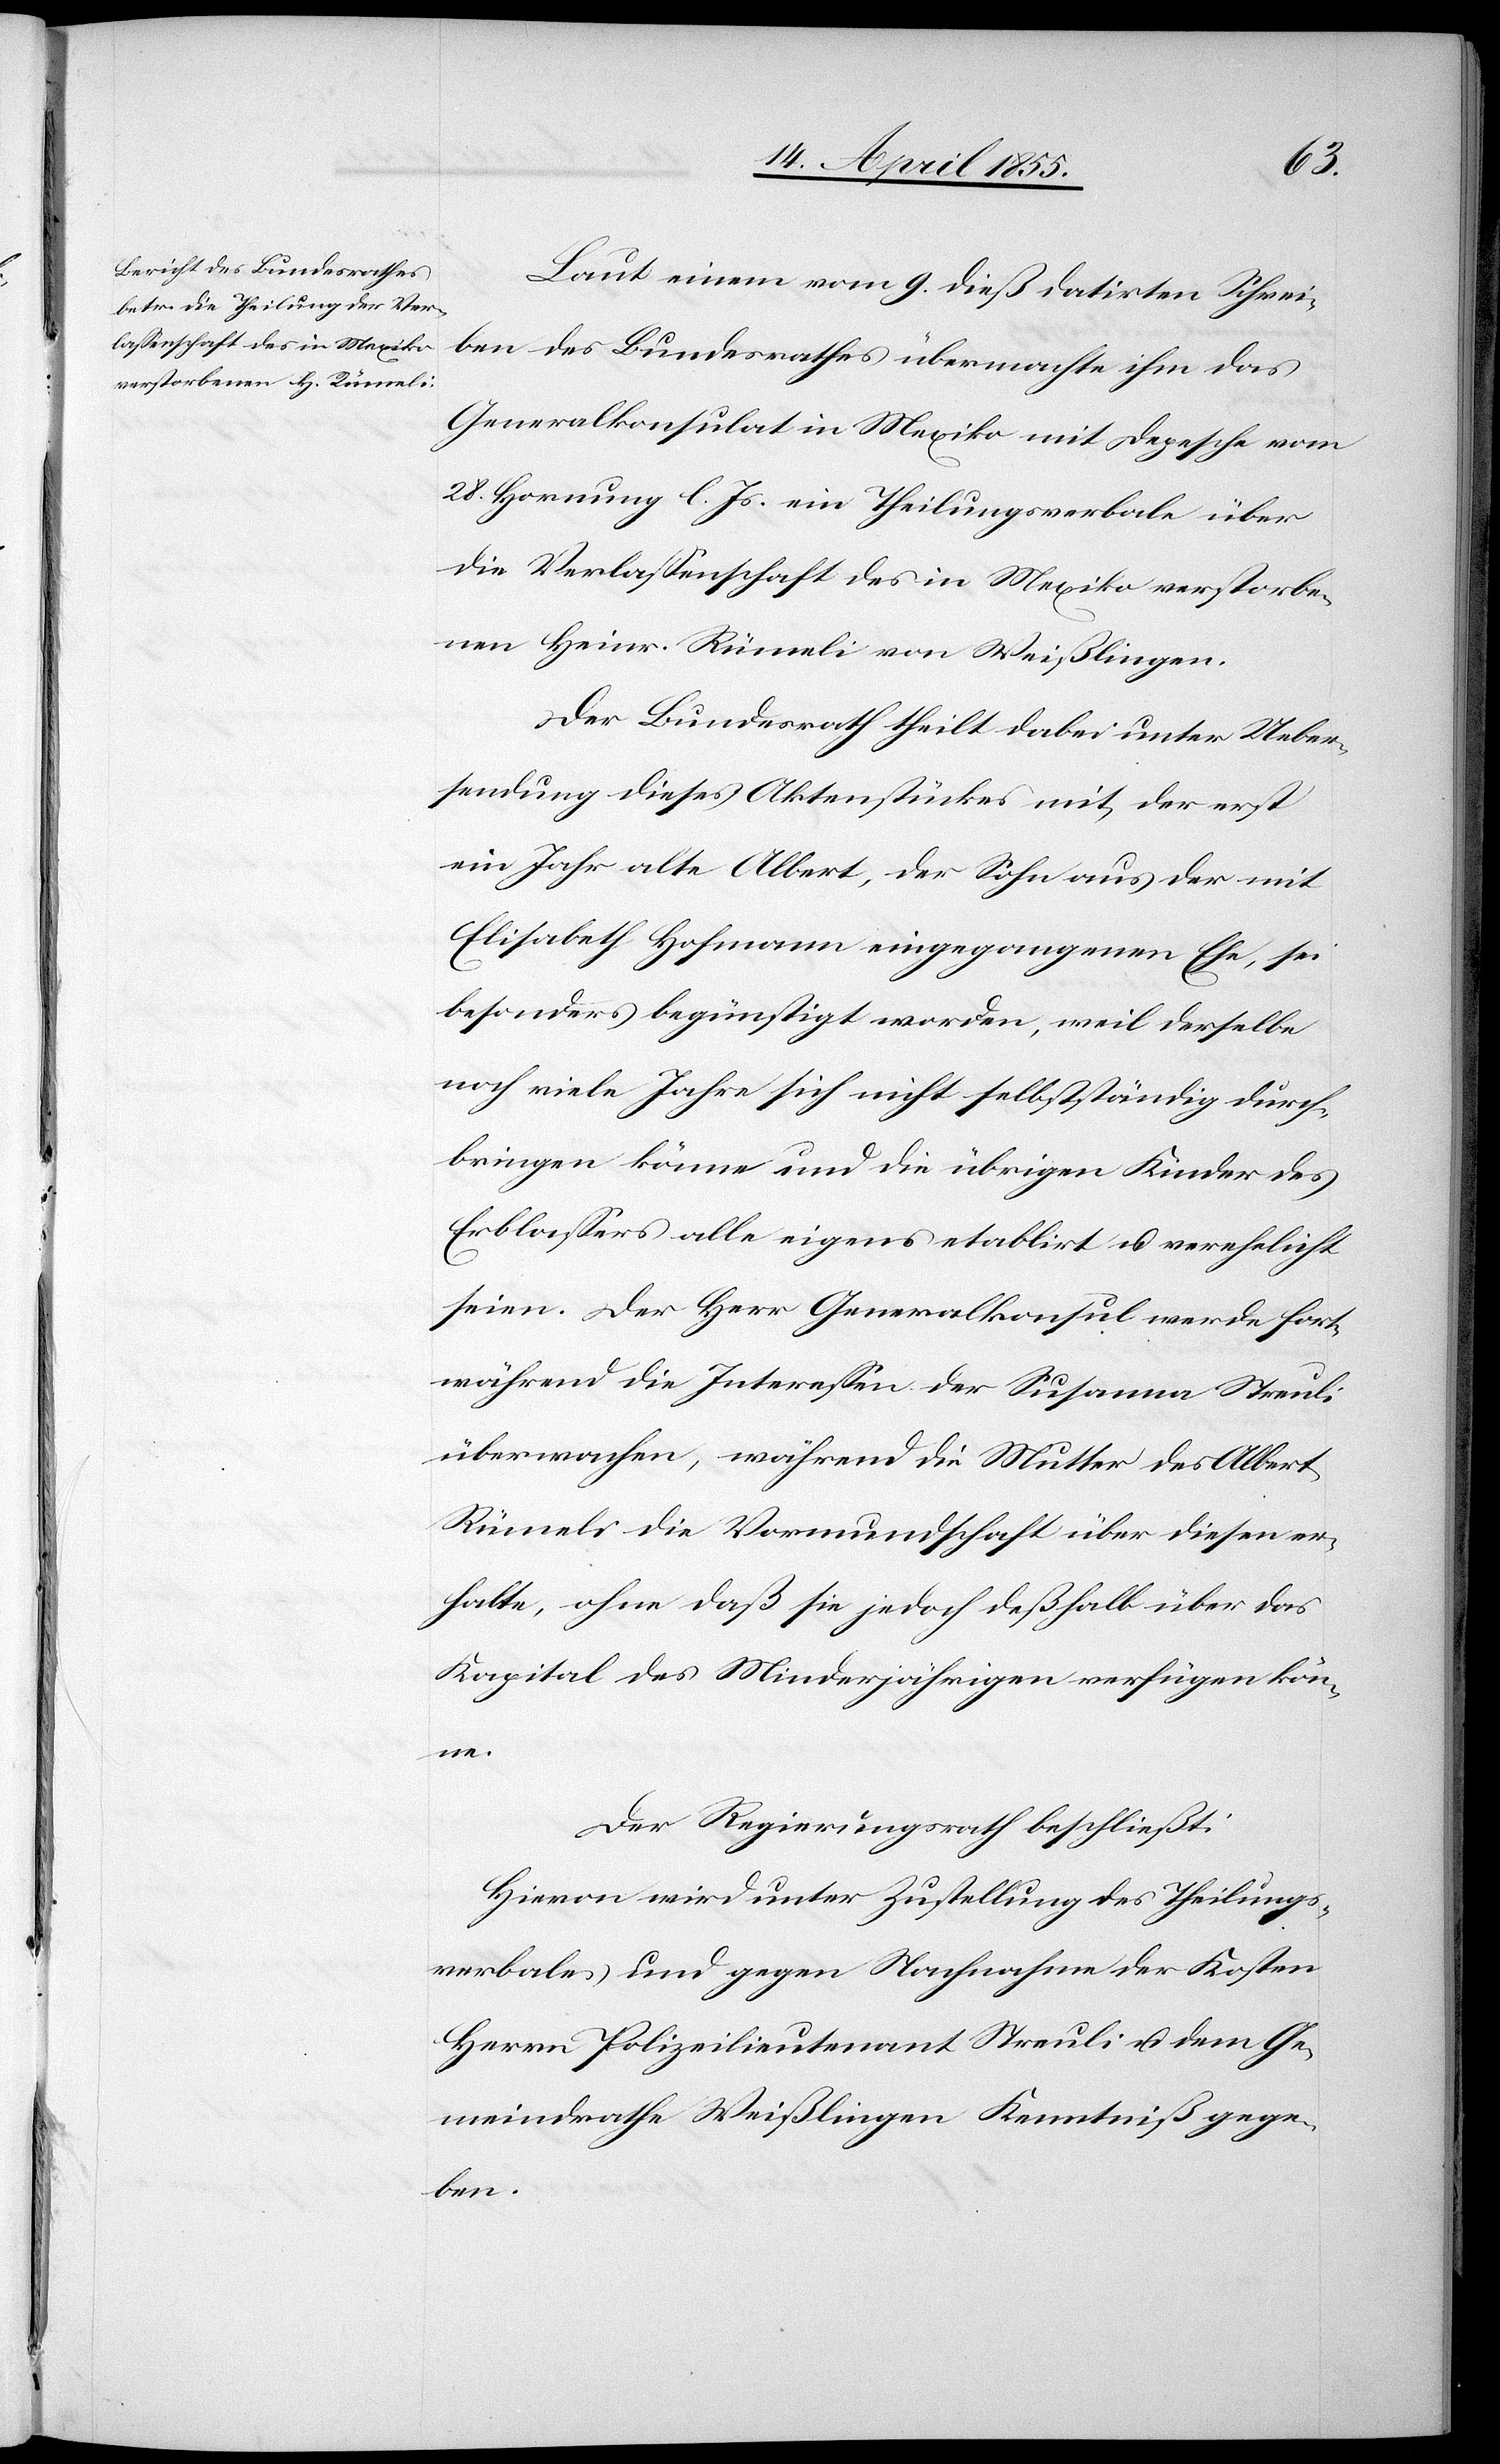
Laut einem vom 9. dieß datirten Schrei¬
ben des Bundesrathes übermachte ihm das
Generalkonsulat in Mexiko mit Depesche vom
28. Hornung l. Js. ein Theilungsverbale über
die Verlassenschaft des in Mexiko verstorbe¬
nen Heinr. Rümeli von Weißlingen.
Der Bundesrath theilt dabei unter Ueber¬
sendung dieses Aktenstückes mit, der erst
ein Jahr alte Albert, der Sohn aus der mit
Elisabeth Hofmann eingegangenen Ehe, sei
besonders begünstigt worden, weil derselbe
noch viele Jahre sich nicht selbstständig durch¬
bringen könne und die übrigen Kinder des
Erblassers alle eigens etablirt u. verehelicht
seien. Der Herr Generalkonsul werde fort¬
während die Interessen der Susanna Streuli
überwachen, während die Mutter des Albert
Rümeli die Vormundschaft über diesen er¬
halte, ohne daß sie jedoch deßhalb über das
Kapital des Minderjährigen verfügen kön¬
ne.
Der Regierungsrath beschließt:
Hievon wird unter Zustellung des Theilungs¬
verbales und gegen Nachnahme der Kosten
Herrn Polizeilieutenant Streuli u. dem Ge¬
meindrathe Weißlingen Kenntniß gege¬
ben.